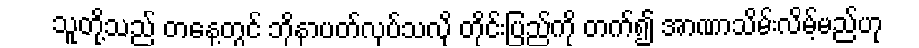
သူတို့သည် တနေ့တွင် ဘိုနာပတ်လုပ်သလို တိုင်းပြည်ကို တက်၍ အာဏာသိမ်းလိမ့်မည်ဟု